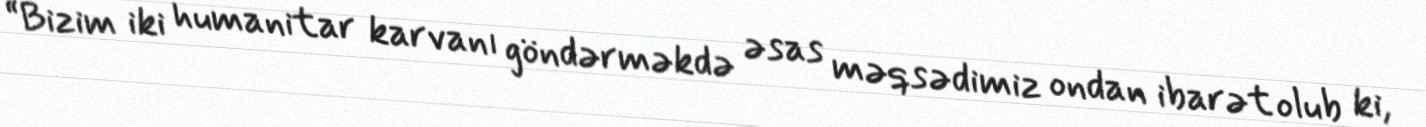
“Bizim iki humanitar karvanı göndərməkdə əsas məqsədimiz ondan ibarət olub ki,